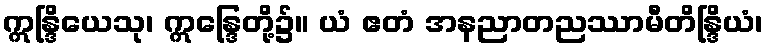
ဣန္ဒြိယေသု၊ ဣန္ဒြေတို့၌။ ယံ ဧတံ အနညာတညဿာမီတိန္ဒြိယံ၊